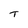
Character: T